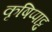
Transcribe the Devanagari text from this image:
कृषिप्पाट्टु